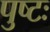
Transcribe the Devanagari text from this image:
पुष्टः